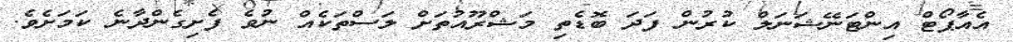
އެއާޕޯޓް އިންޓަނޭޝަނަލް ކުރުން ފަދަ ބޮޑެތި މަޝްރޫއުތަށް ލަސްތަކެއް ނުވެ ފެށިގެންދާނެ ކަމަށެވެ.